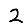
Digit: 2